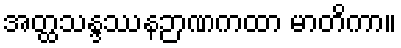
အတ္ထသန္ဒဿနဉာဏကထာ မာတိကာ။